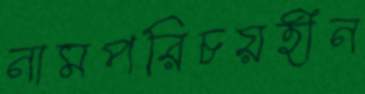
নামপরিচয়হীন